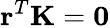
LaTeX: \mathbf{r}^{T}\mathbf{K}=\mathbf{0}